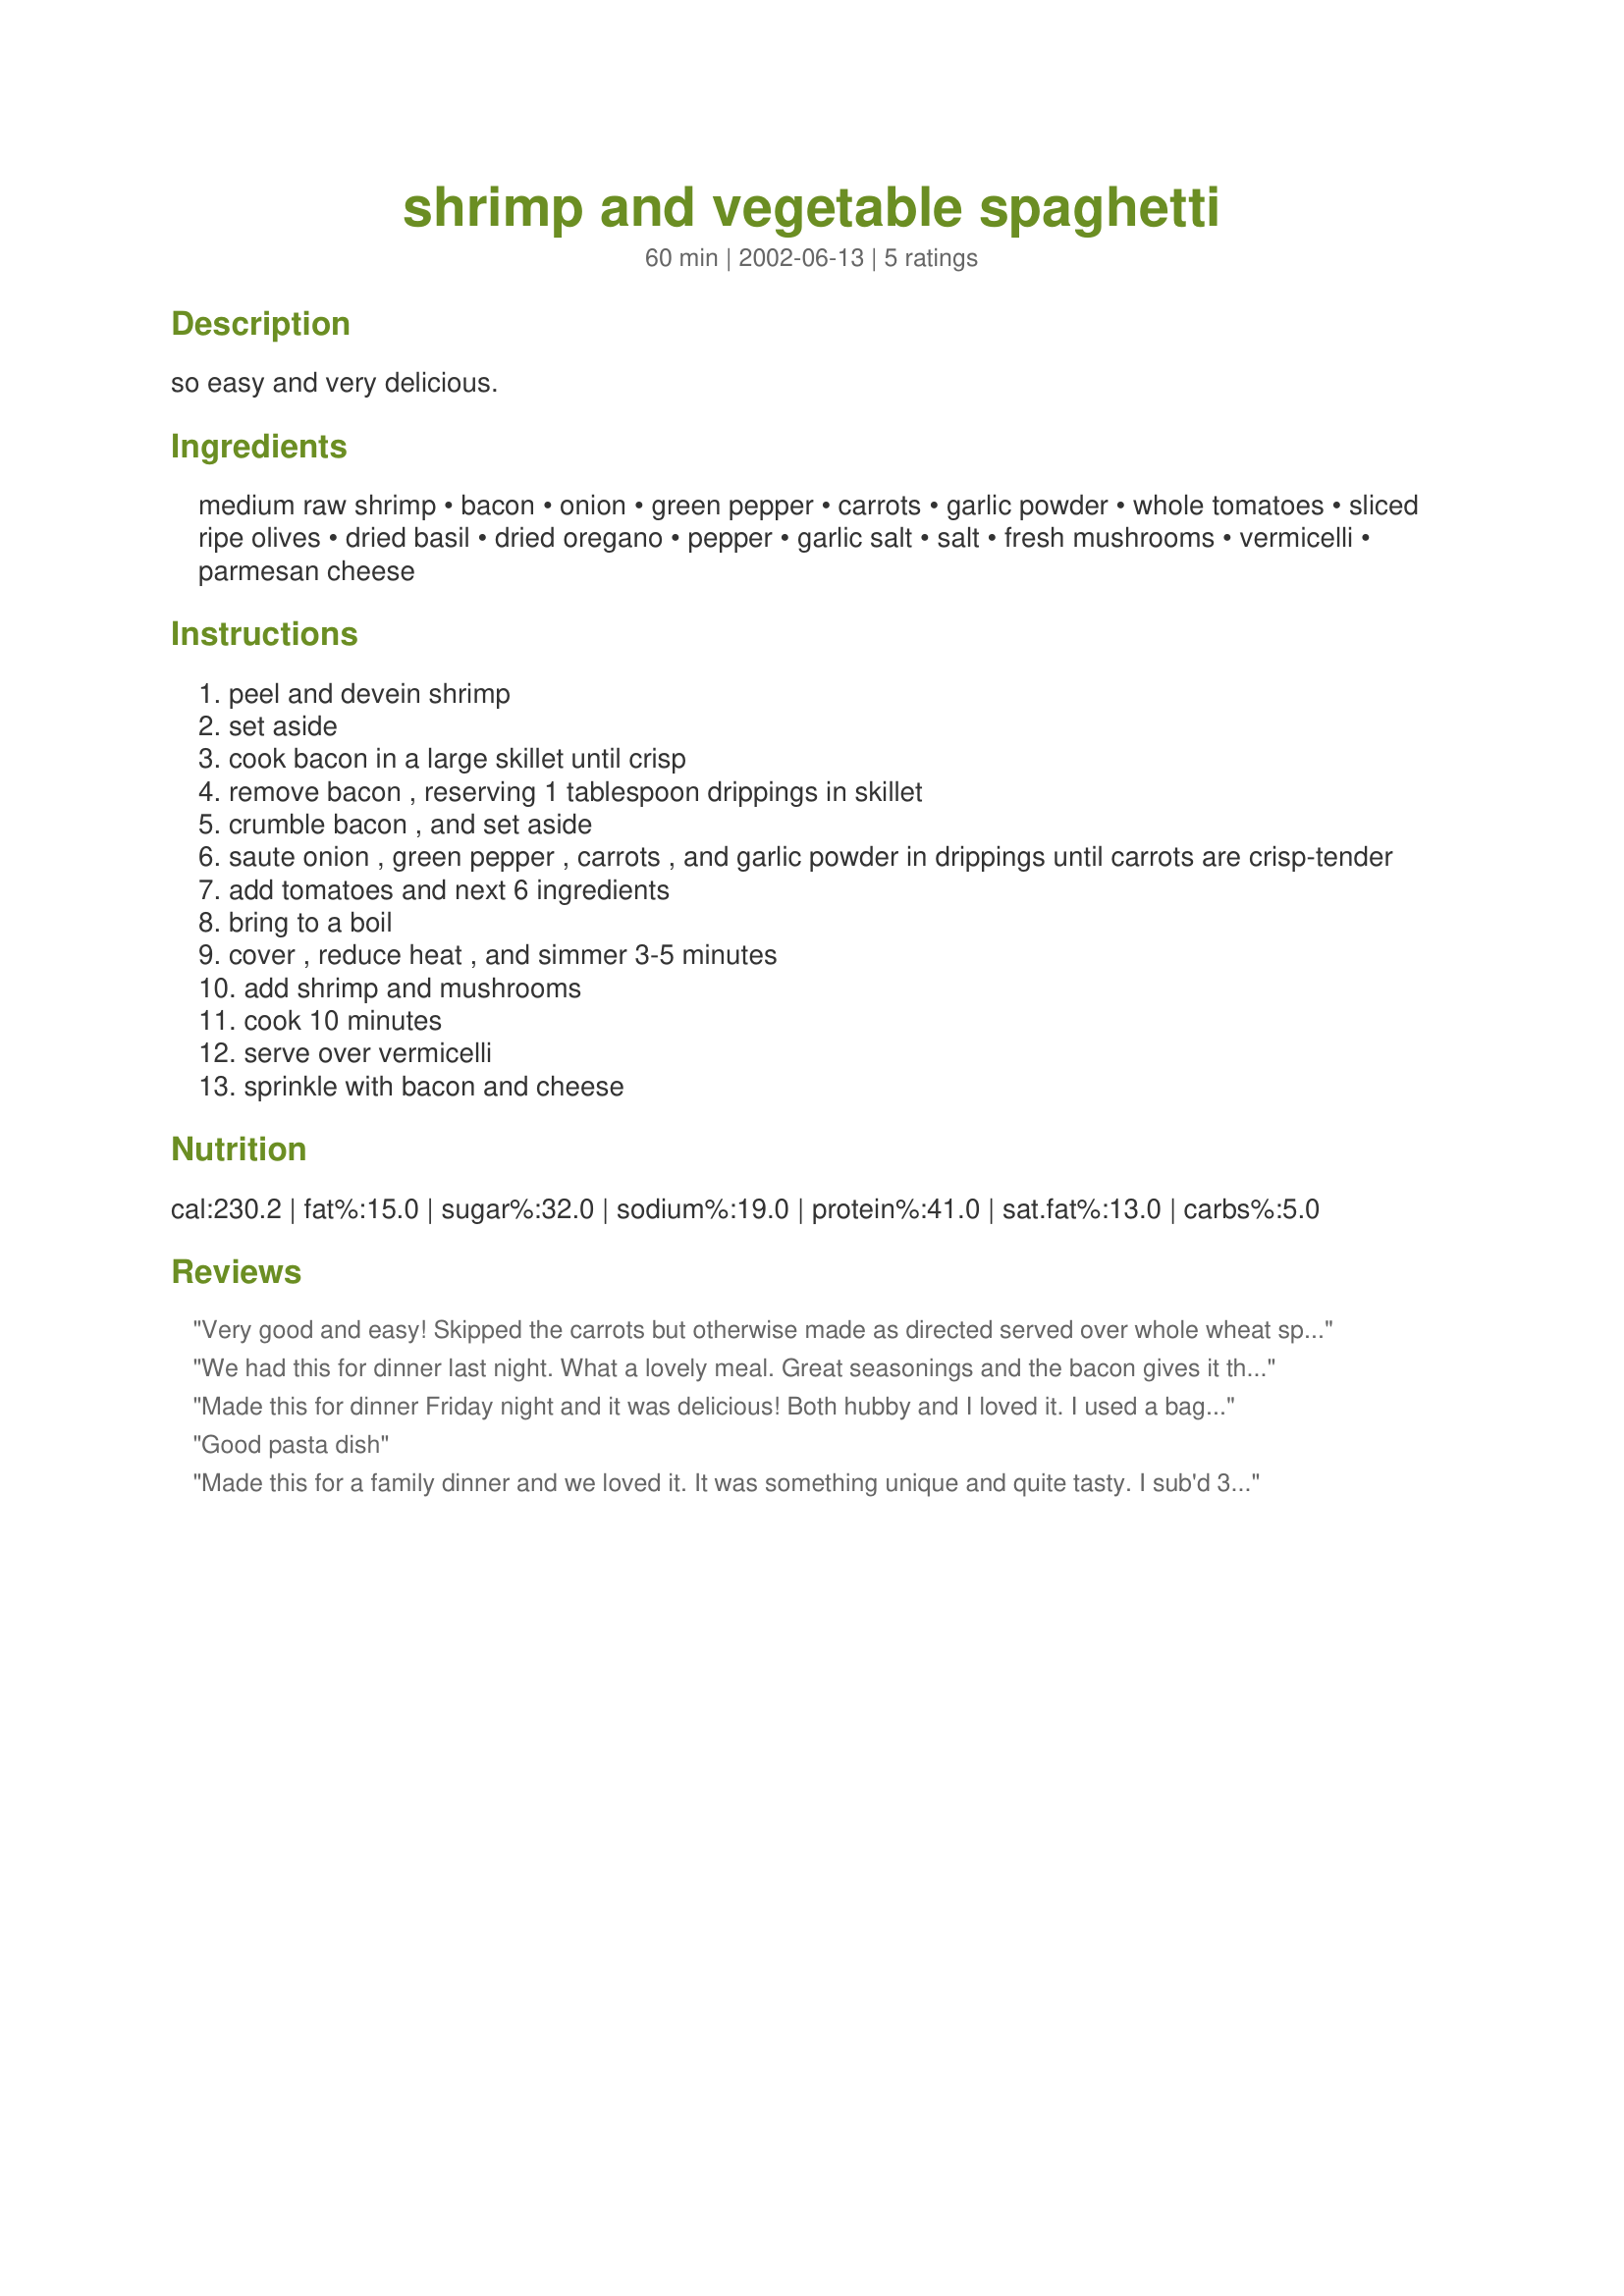
shrimp and vegetable spaghetti
Preparation time: 60 minutes

so easy and very delicious.

Ingredients:
medium raw shrimp, bacon, onion, green pepper, carrots, garlic powder, whole tomatoes, sliced ripe olives, dried basil, dried oregano, pepper, garlic salt, salt, fresh mushrooms, vermicelli, parmesan cheese

Steps:
peel and devein shrimp
set aside
cook bacon in a large skillet until crisp
remove bacon , reserving 1 tablespoon drippings in skillet
crumble bacon , and set aside
saute onion , green pepper , carrots , and garlic powder in drippings until carrots are crisp-tender
add tomatoes and next 6 ingredients
bring to a boil
cover , reduce heat , and simmer 3-5 minutes
add shrimp and mushrooms
cook 10 minutes
serve over vermicelli
sprinkle with bacon and cheese

Reviews:
Very good and easy! Skipped the carrots but otherwise made as directed served over whole wheat spaghetti. Thanks for sharing!
We had this for dinner last night. What a lovely meal. Great seasonings and the bacon gives it that yummy something extra. My family thought it was the best. Thanks Nurse Di.
Made this for dinner Friday night and it was delicious! Both hubby and I loved it. I used a bag of thawed, peeled and deveined shrimp, tail removed and cooked and then added the shrimp only about 5 mins before serving. It was great and another wonderful recipe for my collection from NurseDi. Thanks!!
Good pasta dish
Made this for a family dinner and we loved it. It was something unique and quite tasty. I sub'd 3 cloves fresh minced garlic for the garlic powder. Sauteeing the vegetables in the bacon drippings made the flavor incredible. Will definitely make this again and would be good to serve to dinner guests.
